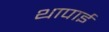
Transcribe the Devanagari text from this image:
थापाई